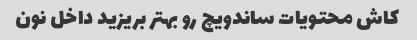
کاش محتویات ساندویچ رو بهتر بریزید داخل نون